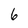
Character: 6